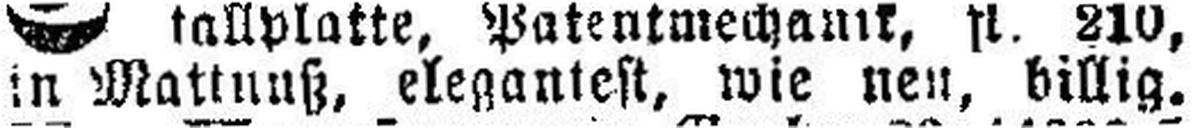
in Mattnuß, elegantest, wie neu, billig.